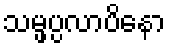
သမ္ဖပ္ပလာပိနော